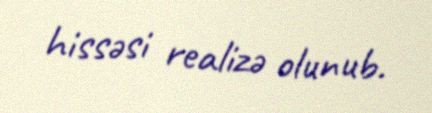
hissəsi realizə olunub.